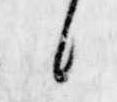
候